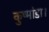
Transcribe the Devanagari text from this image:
कुष्मांडा।